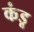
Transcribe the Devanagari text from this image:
कंडू